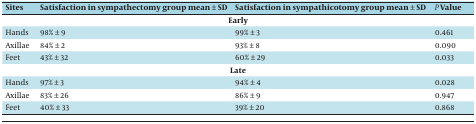
<table><thead><tr><td><b>Sites</b></td><td><b>Satisfaction in sympathectomy group mean ± SD</b></td><td><b>Satisfaction in sympathicotomy group mean ± SD</b></td><td><b><i>P</i> Value</b></td></tr></thead><tbody><tr><td colspan="4"><b>Early</b></td></tr><tr><td>Hands</td><td>98% ± 9</td><td>99% ± 3</td><td>0.461</td></tr><tr><td>Axillae</td><td>84% ± 2</td><td>93% ± 8</td><td>0.090</td></tr><tr><td>Feet</td><td>43% ± 32</td><td>60% ± 29</td><td>0.033</td></tr><tr><td colspan="4"><b>Late</b></td></tr><tr><td>Hands</td><td>97% ± 3</td><td>94% ± 4</td><td>0.028</td></tr><tr><td>Axillae</td><td>83% ± 26</td><td>86% ± 9</td><td>0.947</td></tr><tr><td>Feet</td><td>40% ± 33</td><td>39% ± 20</td><td>0.868</td></tr></tbody></table>